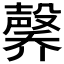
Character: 𪵑